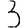
Digit: 3